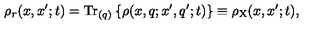
\rho _ { r } ( x , x ^ { \prime } ; t ) = \mathrm { T r } _ { ( q ) } \left\{ \rho ( x , q ; x ^ { \prime } , q ^ { \prime } ; t ) \right\} \equiv \rho _ { \mathrm { X } } ( x , x ^ { \prime } ; t ) ,